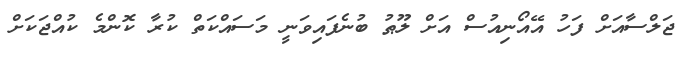
ޖަލްސާއަށް ފަހު އޭއޯނިއުސް އަށް ލޫޠު ބުނެފައިވަނީ މަސައްކަތް ކުރާ ކޮންމެ ކުއްޖަކަށް